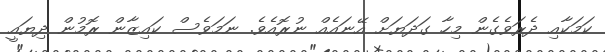
ކަމަކާއި ދެރަވެގެން މިހާ ގަދަޔަށް އޭނައެއް ނުރޮއެވެ. ނަމަވެސް ކައިޒާން ރޮމުން ދިޔައީ